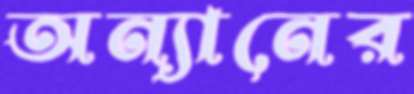
অন্যানের